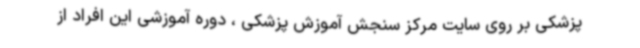
پزشکی بر روی سایت مرکز سنجش آموزش پزشکی ، دوره آموزشی این افراد از